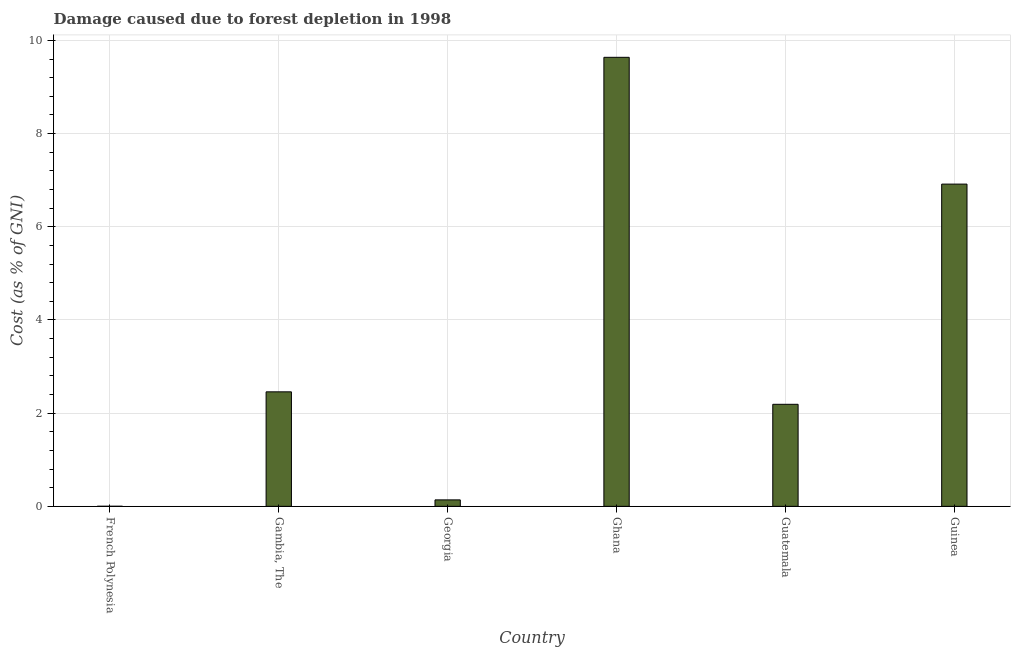
| Country | net forest depletion |
 | --- | --- |
 | French Polynesia | 0.00168 |
 | Gambia, The | 2.46 |
 | Georgia | 0.139 |
 | Ghana | 9.64 |
 | Guatemala | 2.19 |
 | Guinea | 6.92 |